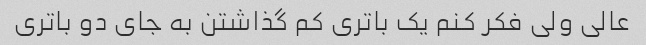
عالی ولی فکر کنم یک باتری کم گذاشتن به جای دو باتری